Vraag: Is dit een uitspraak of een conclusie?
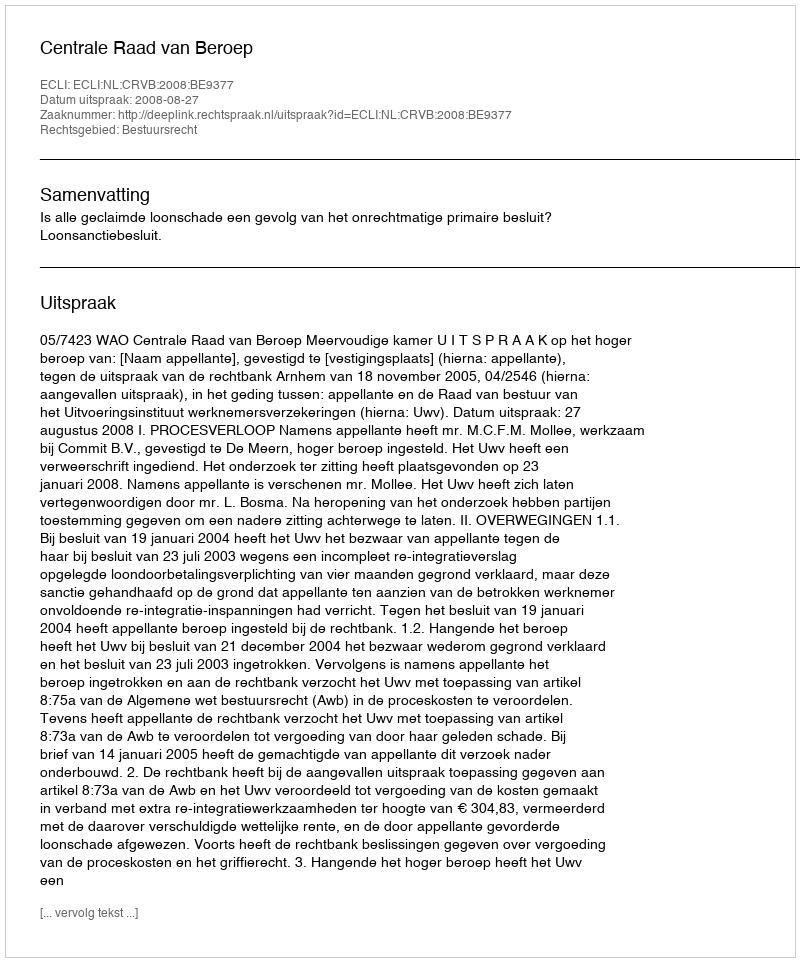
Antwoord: Uitspraak